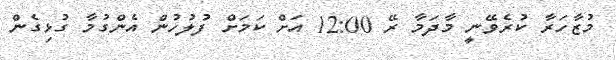
މުޒާހަރާ ކުރެވޭނީ މާދަމާ ރޭ 12:00 އަށް ކަމަށް ފުލުހުން އެންގުމާ ގުޅިގެން